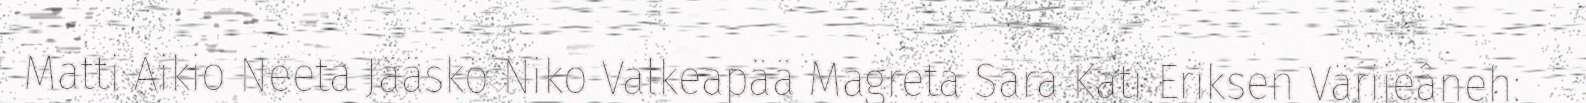
Matti Aikio Neeta Jääskö Niko Valkeapää Magreta Sara Kati Eriksen Värijeâneh: